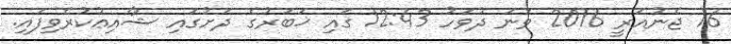
16 ޖެނުއަރީ 2016 ވަނަ ދުވަހު 12:43 ގައި ޚަބަރުގެ ދަށުގައި ޝާއިޢުކުރެވިފައި.